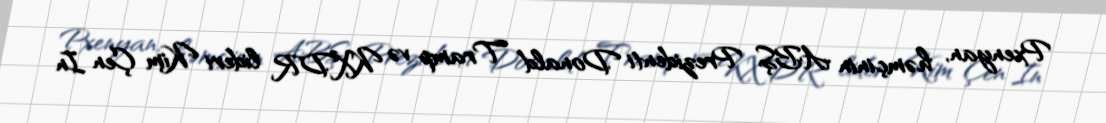
Pxenyan, həmçinin ABŞ Prezidenti Donald Tramp və KXDR lideri Kim Çen In